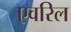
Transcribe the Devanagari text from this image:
एवरिल